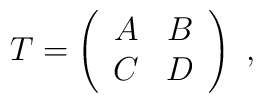
T= \left( \begin{array}{cc}A & B \\C & D\end{array} \right)\ ,